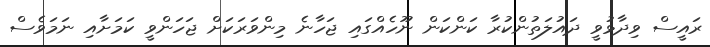
ރައީސް ވިދާޅުވީ ދައުލަތުންކުރާ ކަންކަން ނޫހެއްގައި ޖަހާނެ މިންވަރަކަށް ޖަހަންވީ ކަމަށާއި ނަމަވެސް